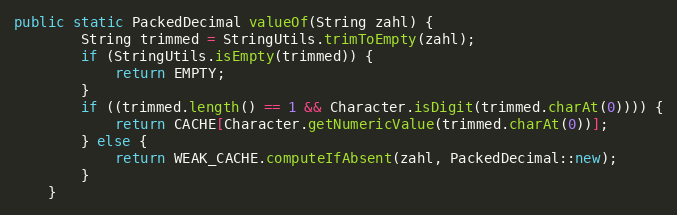
Language: Java
public static PackedDecimal valueOf(String zahl) {
        String trimmed = StringUtils.trimToEmpty(zahl);
        if (StringUtils.isEmpty(trimmed)) {
            return EMPTY;
        }
        if ((trimmed.length() == 1 && Character.isDigit(trimmed.charAt(0)))) {
            return CACHE[Character.getNumericValue(trimmed.charAt(0))];
        } else {
            return WEAK_CACHE.computeIfAbsent(zahl, PackedDecimal::new);
        }
    }